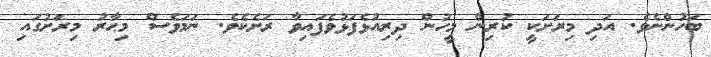
ބަހުންނެވެ. އަދި މިރަށަކީ ކުރިން މީހުން ދިރިއުޅެފަޅުވެފައިވާ ރަށެކެވެ. ނަމަވެސް މިޙާރު މިރަށުގައި